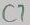
Text: C7